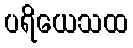
ပရိယေသထ